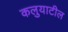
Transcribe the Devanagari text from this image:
कलुयाटील